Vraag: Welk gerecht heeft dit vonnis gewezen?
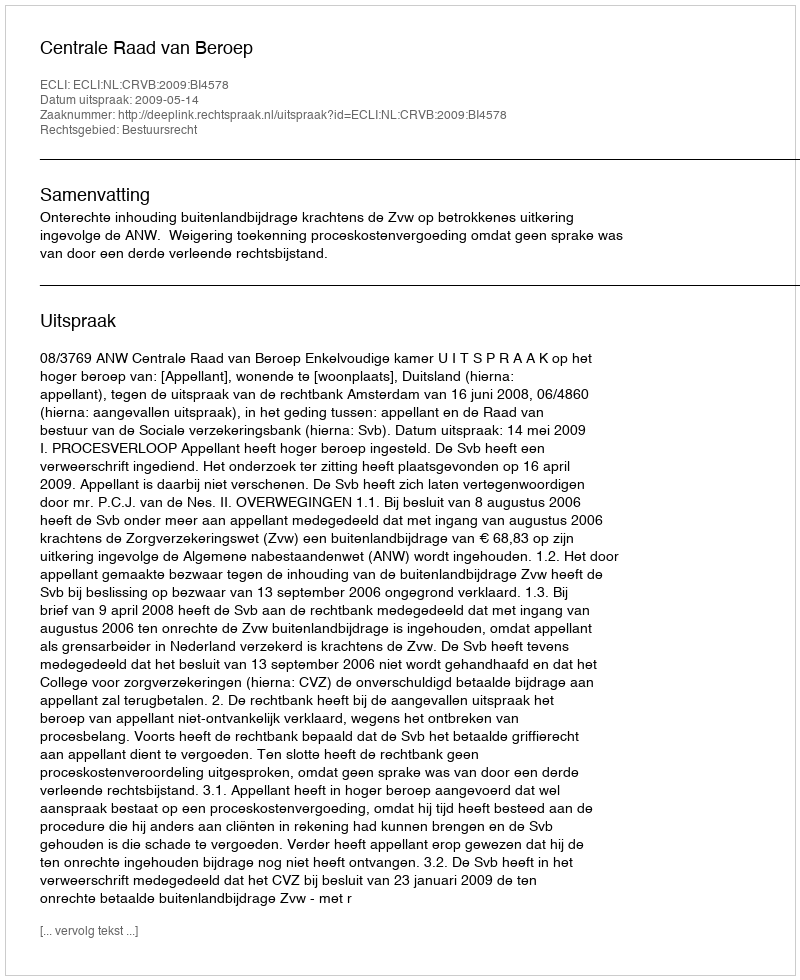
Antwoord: Centrale Raad van Beroep